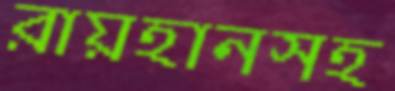
রায়হানসহ